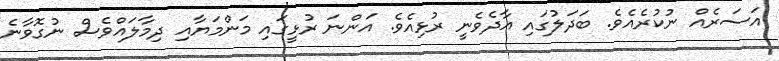
އަސަރެއް ނުކުރެއެވެ. ބަދަލުގައި އާދެވެނީ ރުޅިއެވެ. އަންނަ ރުޅީގައި މަންމަޔާއި ދިމާލައްވެސް ނުގޮވާނެ